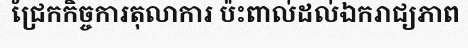
ជ្រែកកិច្ចការតុលាការ ប៉ះពាល់ដល់ឯករាជ្យភាព